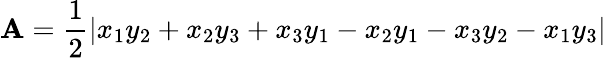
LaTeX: \mathbf{A}={\frac{1}{2}}|x_{1}y_{2}+x_{2}y_{3}+x_{3}y_{1}-x_{2}y_{1}-x_{3}y_{2}-x_{1}y_{3}|